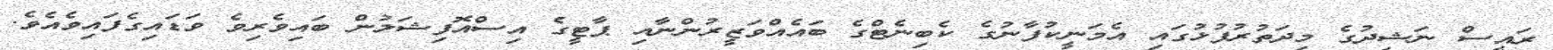
ރައީސް ނަޝިދުގެ މިދަތުރުފުޅުގައި އެމަނީކުފާނުގެ ކެބިނެޓްގެ ބައެއްވަޒީރުންނާއި ޕާޓީގެ އިސްއޮފިޝަލުން ބައިވެރިވެ ވަޑައިގެފައިވެއެވެ.